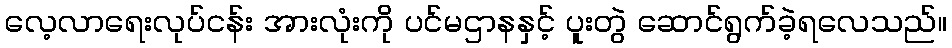
လေ့လာရေးလုပ်ငန်း အားလုံးကို ပင်မဌာနနှင့် ပူးတွဲ ဆောင်ရွက်ခဲ့ရလေသည်။